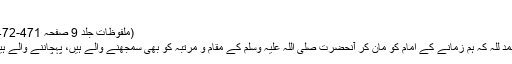
’’
(ملفوظات جلد 9 صفحہ 471-472)
الحمد للہ کہ ہم زمانے کے امامؑ کو مان کر آنحضرت صلی اللہ علیہ وسلم کے مقام و مرتبہ کو بھی سمجھنے والے ہیں، پہچاننے والے ہیں۔